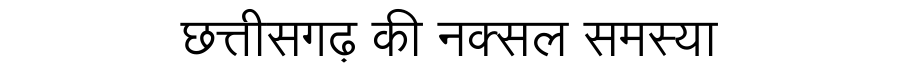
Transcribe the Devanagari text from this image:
छत्तीसगढ़ की नक्सल समस्या